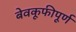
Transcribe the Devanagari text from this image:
बेवकूफीपूर्ण